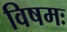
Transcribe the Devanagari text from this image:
विषमः